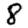
Digit: 8